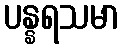
ပန္နရသမာ